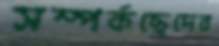
সম্পর্কছেদের